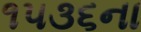
૧૫૩૬ના